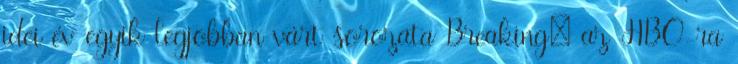
idei év egyik legjobban várt sorozata Breaking: az HBO-ra